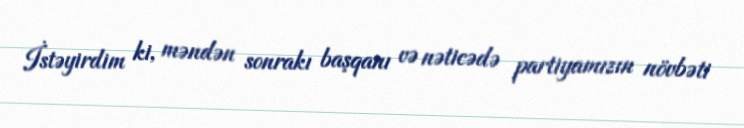
İstəyirdim ki, məndən sonrakı başqanı və nəticədə partiyamızın növbəti